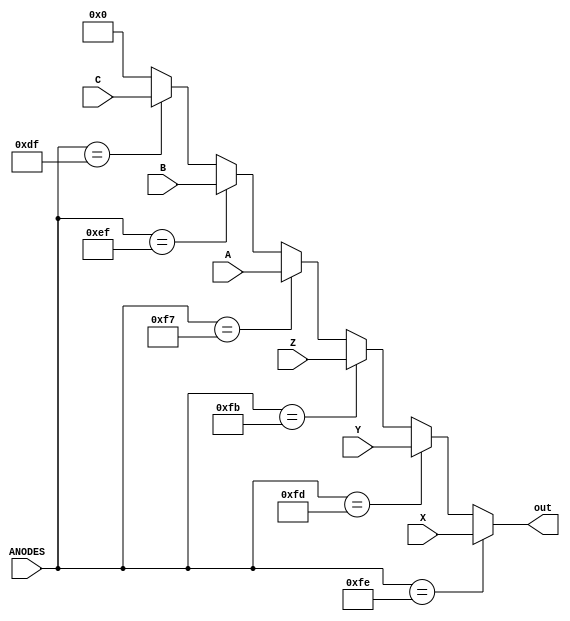
`timescale 1ns / 1ps

module decoder(ANODES, X, Y, Z, A, B, C, out);
    
    input  [7:0] ANODES;
    input  [3:0] X;
    input  [3:0] Y;
    input  [3:0] Z;
    input  [3:0] A;
    input  [3:0] B;
    input  [3:0] C;
    output reg [3:0] out;


always@(*)
begin
           out    = (ANODES == 8'b11111110) ? X:
                    (ANODES == 8'b11111101) ? Y:
                    (ANODES == 8'b11111011) ? Z:
                    (ANODES == 8'b11110111) ? A:
                    (ANODES == 8'b11101111) ? B:
                    (ANODES == 8'b11011111) ? C:
                    4'b0000;
end
endmodule